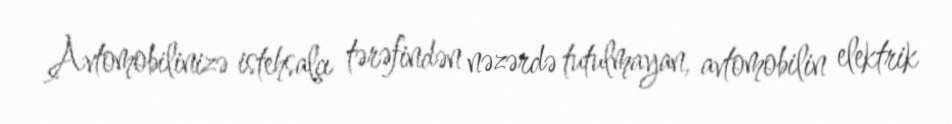
Avtomobilinizə istehsalçı tərəfindən nəzərdə tutulmayan, avtomobilin elektrik